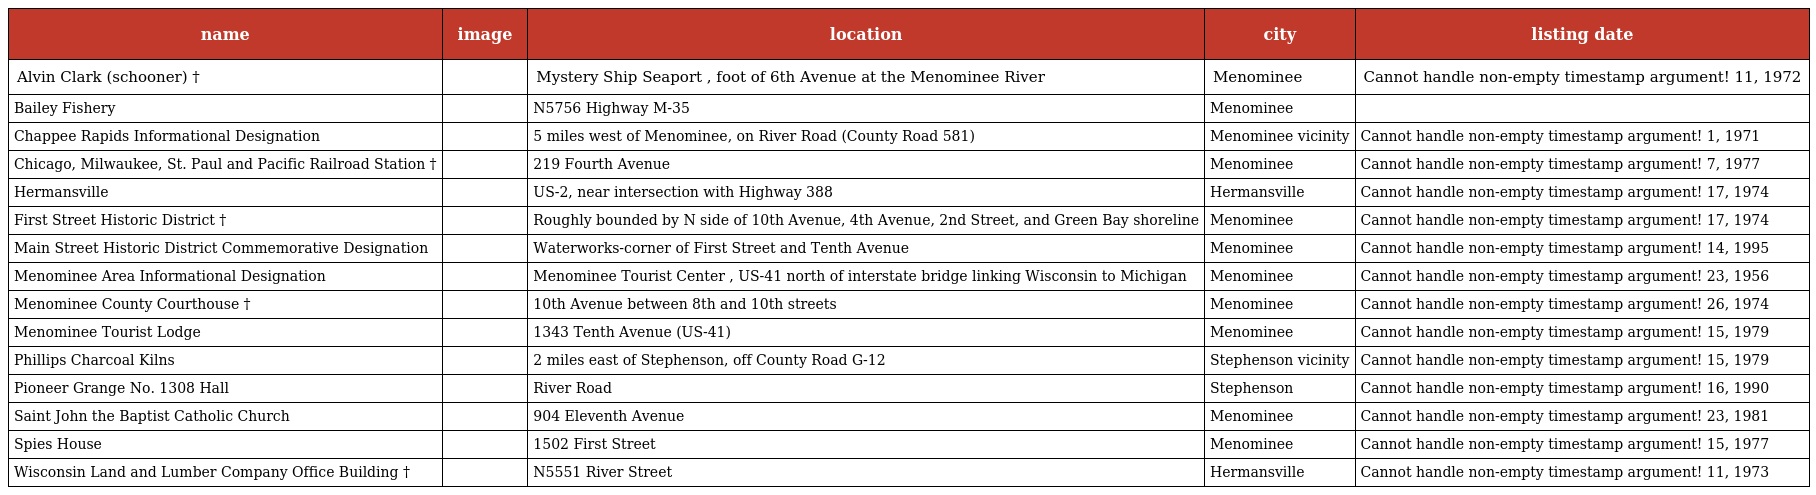
| name | image | location | city | listing date |
 | --- | --- | --- | --- | --- |
 | Alvin Clark (schooner) † |  | Mystery Ship Seaport , foot of 6th Avenue at the Menominee River | Menominee | Cannot handle non-empty timestamp argument! 11, 1972 |
 | Bailey Fishery |  | N5756 Highway M-35 | Menominee |  |
 | Chappee Rapids Informational Designation |  | 5 miles west of Menominee, on River Road (County Road 581) | Menominee vicinity | Cannot handle non-empty timestamp argument! 1, 1971 |
 | Chicago, Milwaukee, St. Paul and Pacific Railroad Station † |  | 219 Fourth Avenue | Menominee | Cannot handle non-empty timestamp argument! 7, 1977 |
 | Hermansville |  | US-2, near intersection with Highway 388 | Hermansville | Cannot handle non-empty timestamp argument! 17, 1974 |
 | First Street Historic District † |  | Roughly bounded by N side of 10th Avenue, 4th Avenue, 2nd Street, and Green Bay shoreline | Menominee | Cannot handle non-empty timestamp argument! 17, 1974 |
 | Main Street Historic District Commemorative Designation |  | Waterworks-corner of First Street and Tenth Avenue | Menominee | Cannot handle non-empty timestamp argument! 14, 1995 |
 | Menominee Area Informational Designation |  | Menominee Tourist Center , US-41 north of interstate bridge linking Wisconsin to Michigan | Menominee | Cannot handle non-empty timestamp argument! 23, 1956 |
 | Menominee County Courthouse † |  | 10th Avenue between 8th and 10th streets | Menominee | Cannot handle non-empty timestamp argument! 26, 1974 |
 | Menominee Tourist Lodge |  | 1343 Tenth Avenue (US-41) | Menominee | Cannot handle non-empty timestamp argument! 15, 1979 |
 | Phillips Charcoal Kilns |  | 2 miles east of Stephenson, off County Road G-12 | Stephenson vicinity | Cannot handle non-empty timestamp argument! 15, 1979 |
 | Pioneer Grange No. 1308 Hall |  | River Road | Stephenson | Cannot handle non-empty timestamp argument! 16, 1990 |
 | Saint John the Baptist Catholic Church |  | 904 Eleventh Avenue | Menominee | Cannot handle non-empty timestamp argument! 23, 1981 |
 | Spies House |  | 1502 First Street | Menominee | Cannot handle non-empty timestamp argument! 15, 1977 |
 | Wisconsin Land and Lumber Company Office Building † |  | N5551 River Street | Hermansville | Cannot handle non-empty timestamp argument! 11, 1973 |